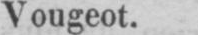
Vougeot.